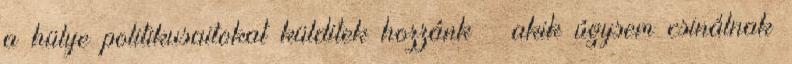
a hülye politikusaitokat külditek hozzánk – akik úgysem csinálnak